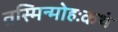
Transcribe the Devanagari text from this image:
तस्मिन्मोहःकथं